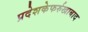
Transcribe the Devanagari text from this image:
प्रदेशकेफर्रुखाबाद